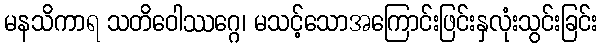
မနသိကာရ သတိဝေါဿဂ္ဂေ၊ မသင့်သောအကြောင်းဖြင်းနှလုံးသွင်းခြင်း